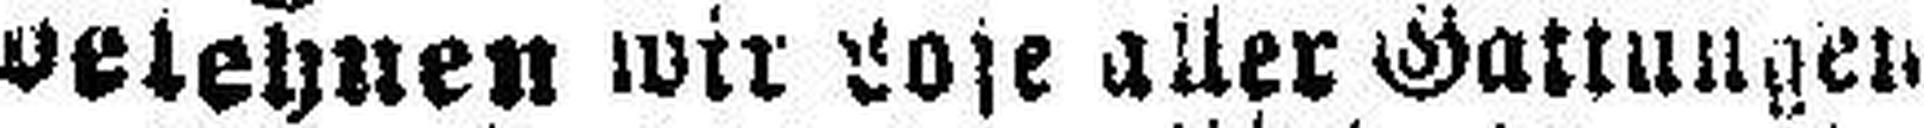
belehnen wir Lose aller Gattungen